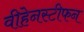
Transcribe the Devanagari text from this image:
वीहेनस्टीफन